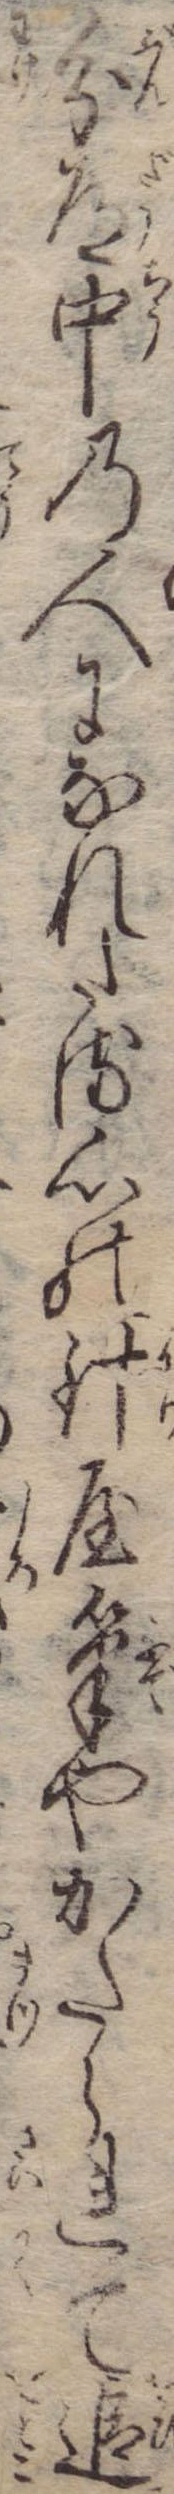
分道中の人になれたる心の針屋筆やかたられて追